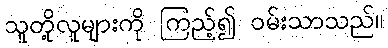
သူတို့လူများကို ကြည့်၍ ဝမ်းသာသည်။